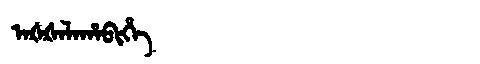
Manchu: ᠠᡧᡧᠠᠯᠠᡥᠠᠪᡳᡥᡝ
Romanization: AŠŠALAHABIHE